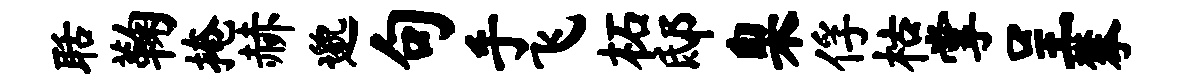
聒鞠掩赫邈句手飞柘邸臬俘枯掌呈攀